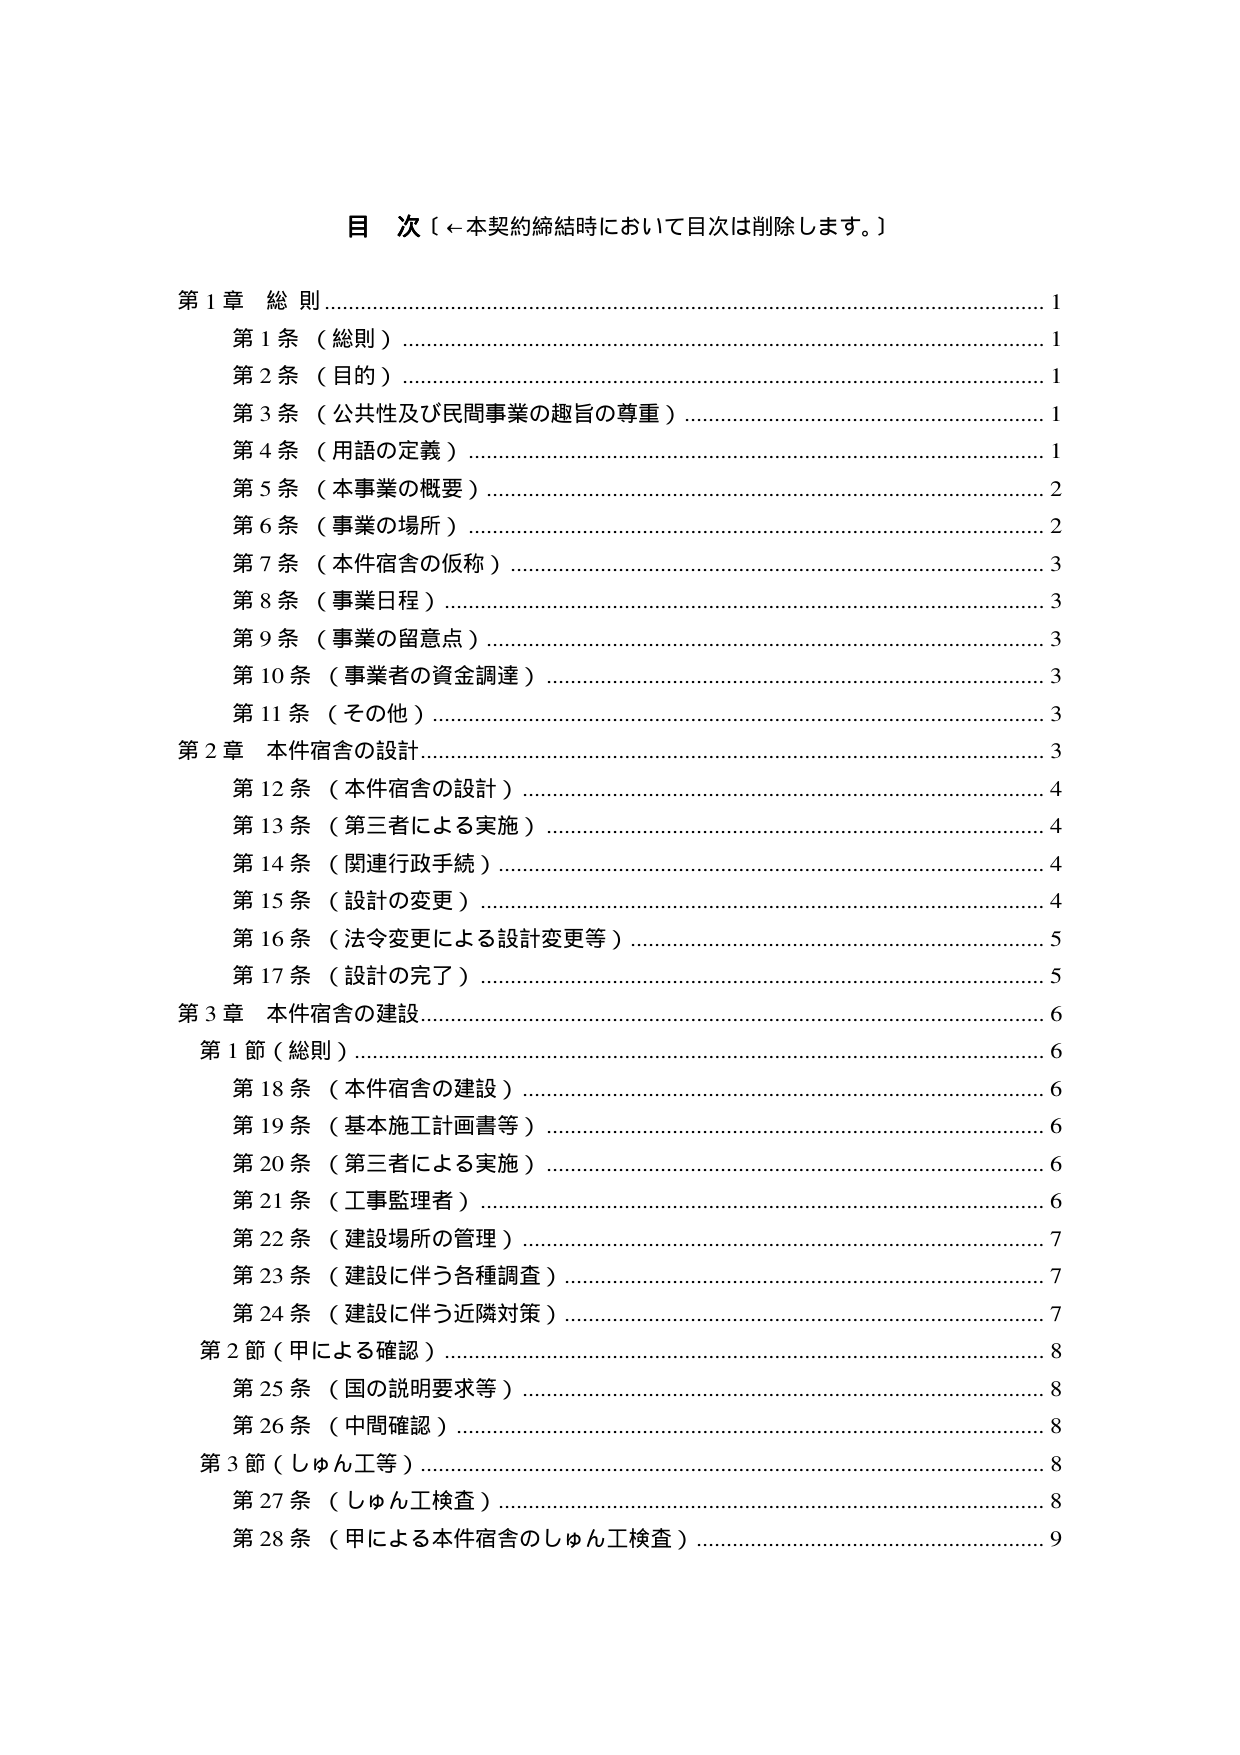
目 次〔←本契約締結時において目次は削除します。〕

第1章 総則………………………………………………………………………1
　第1条（総則）…………………………………………………………………1
　第2条（目的）…………………………………………………………………1
　第3条（公共性及び民間事業の趣旨の尊重）………………………………1
　第4条（用語の定義）…………………………………………………………1
　第5条（本事業の概要）………………………………………………………2
　第6条（事業の場所）…………………………………………………………2
　第7条（本件宿舎の仮称）……………………………………………………3
　第8条（事業日程）……………………………………………………………3
　第9条（事業の留意点）………………………………………………………3
　第10条（事業者の資金調達）…………………………………………………3
　第11条（その他）……………………………………………………………3

第2章 本件宿舎の設計…………………………………………………………3
　第12条（本件宿舎の設計）…………………………………………………4
　第13条（第三者による実施）………………………………………………4
　第14条（関連行政手続）……………………………………………………4
　第15条（設計の変更）………………………………………………………4
　第16条（法令変更による設計変更等）………………………………………5
　第17条（設計の完了）………………………………………………………5

第3章 本件宿舎の建設…………………………………………………………6
　第1節（総則）………………………………………………………………6
　　第18条（本件宿舎の建設）………………………………………………6
　　第19条（基本施工計画書等）……………………………………………6
　　第20条（第三者による実施）……………………………………………6
　　第21条（工事監理者）……………………………………………………6
　　第22条（建設場所の管理）………………………………………………7
　　第23条（建設に伴う各種調査）…………………………………………7
　　第24条（建設に伴う近隣対策）…………………………………………7
　第2節（甲による確認）……………………………………………………8
　　第25条（国の説明要求等）………………………………………………8
　　第26条（中間確認）………………………………………………………8
　第3節（しゅん工等）………………………………………………………8
　　第27条（しゅん工検査）…………………………………………………8
　　第28条（甲による本件宿舎のしゅん工検査）……………………………9